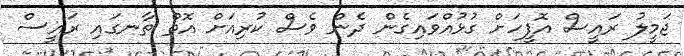
ޖަމީލު ރައީސް އޮފީހަށް ގުޅުއްވައިގެން ދެން ވެސް ކުރިއަށް އޮތް ތާނގައި ރައީސް